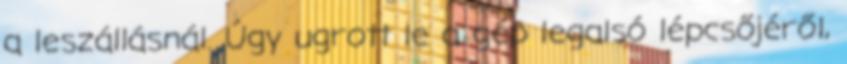
a leszállásnál. Úgy ugrott le a gép legalsó lépcsőjéről,